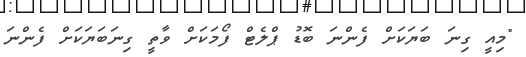
"މިއީ ގިނަ ބަޔަކަށް ފެންނަ ބޮޑު ޕްލެޓް ފޯމަކަށް ވާތީ ގިނަބަޔަކަށް ފެންނަ